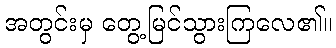
အတွင်းမှ တွေ့မြင်သွားကြလေ၏။